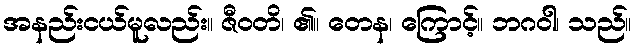
အနည်းငယ်မူလည်း။ ဇီဝတိ၊ ၏။ တေန၊ ကြောင့်။ ဘဂဝါ၊ သည်။